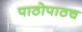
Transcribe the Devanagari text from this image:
पाठोपाठच